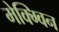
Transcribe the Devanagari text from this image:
मेक्ग्विन